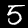
Label: 5